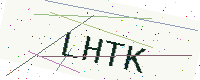
Text: LHTK